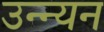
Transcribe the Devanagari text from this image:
उन्न्यन